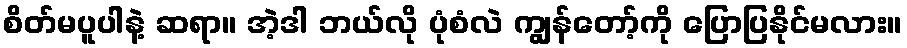
စိတ်မပူပါနဲ့ ဆရာ။ အဲ့ဒါ ဘယ်လို ပုံစံလဲ ကျွန်တော့်ကို ပြောပြနိုင်မလား။